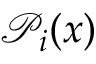
\mathcal { P } _ { i } ( x )